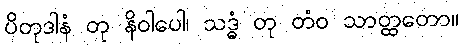
ပိတုဒါနံ တု နိဝါပေါ၊ သဒ္ဓံ တု တံဝ သာတ္ထတော။